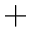
^ +